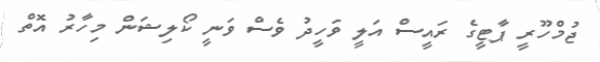
ޖުމްހޫރީ ޕާޓީގެ ރައީސް އަލީ ވަހީދު ވެސް ވަނީ ކޯލިޝަން މިހާރު އޮތް